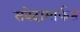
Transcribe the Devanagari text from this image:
संवेदामार्फत